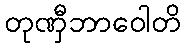
တုဏှီဘာဝေါတိ